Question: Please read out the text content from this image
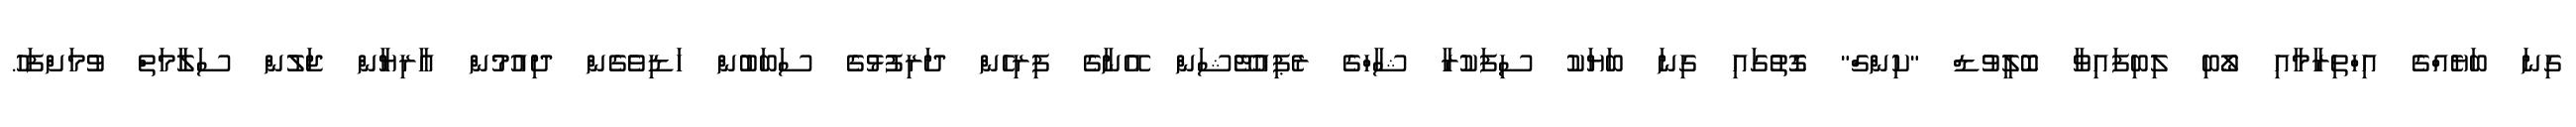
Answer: ގިނަ ބަޔެއްގެ އިހްތިރާމާއި ލޯބި ލިބިފައިވާ ބޮލީވުޑް "ކިންގް" ގޮތުގައި ގިނަ ބަޔަކު ސިފަކުރާ ޝާހްގެ ރެޕިއުޓޭޝަން އޭނާގެ ފިރިހެން ދަރިފުޅުގެ ސަބަބުން ހަޑިވެގެން ދިއުމުން އާރިޔާން ޖަލުން ސަލާމަތް ވުމަށްފަހު.